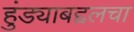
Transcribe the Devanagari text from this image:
हुंड्याबद्दलचा